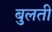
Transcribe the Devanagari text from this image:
बुलती